Problem: 12 × 5 = ?
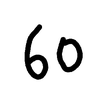
Handwritten answer: 60